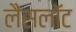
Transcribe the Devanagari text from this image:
लैसलॉट